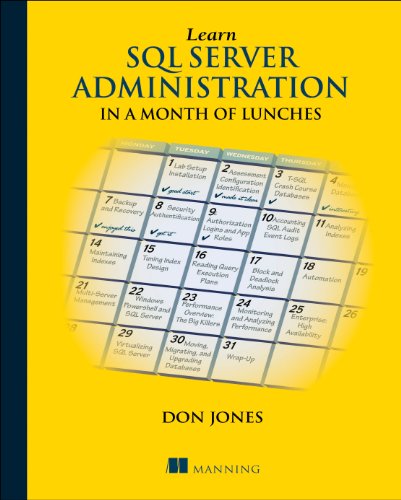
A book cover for Learn SQL Server Administration in a Month of Lunches: Covers Microsoft SQL Server 2005-2014; Don Jones; Computers & Technology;